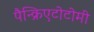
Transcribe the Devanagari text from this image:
पैन्क्रिएटोटोमी